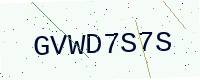
Text: GVWD7S7S